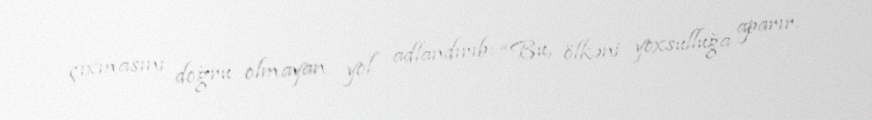
çıxmasını doğru olmayan yol adlandırıb: “Bu, ölkəni yoxsulluğa aparır.